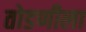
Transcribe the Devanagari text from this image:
तोडणीला